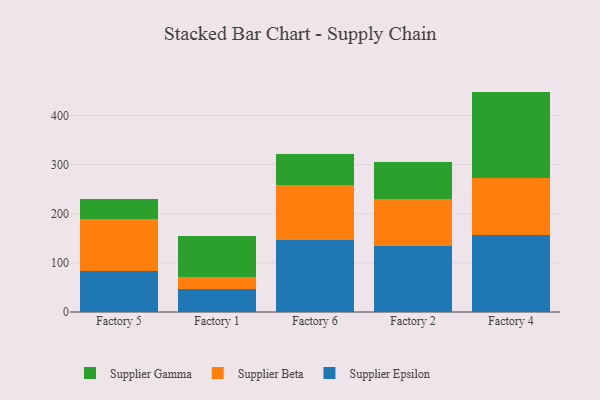
{"axis": {"x": "Factory", "y": "Demand Index"}, "legend": ["Supplier Beta", "Supplier Epsilon", "Supplier Gamma"], "data": [{"x": "Factory 5", "y": 82.9, "type": "Supplier Epsilon"}, {"x": "Factory 5", "y": 105.5, "type": "Supplier Beta"}, {"x": "Factory 5", "y": 41.9, "type": "Supplier Gamma"}, {"x": "Factory 1", "y": 46.2, "type": "Supplier Epsilon"}, {"x": "Factory 1", "y": 24.8, "type": "Supplier Beta"}, {"x": "Factory 1", "y": 84.3, "type": "Supplier Gamma"}, {"x": "Factory 6", "y": 147.6, "type": "Supplier Epsilon"}, {"x": "Factory 6", "y": 110.6, "type": "Supplier Beta"}, {"x": "Factory 6", "y": 63.8, "type": "Supplier Gamma"}, {"x": "Factory 2", "y": 133.6, "type": "Supplier Epsilon"}, {"x": "Factory 2", "y": 96.0, "type": "Supplier Beta"}, {"x": "Factory 2", "y": 76.8, "type": "Supplier Gamma"}, {"x": "Factory 4", "y": 157.6, "type": "Supplier Epsilon"}, {"x": "Factory 4", "y": 116.1, "type": "Supplier Beta"}, {"x": "Factory 4", "y": 175.0, "type": "Supplier Gamma"}]}